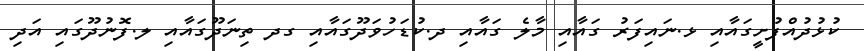
ކުޅުދުއްފުށީގައާއި ޅ.ނައިފަރު ގައާއި މާލެ ގައާއި ދ.ކުޑަހުވަދޫގައާއި ގދ ތިނަދޫގައާއި ލ.ފޮނުދޫގައި އަދި